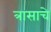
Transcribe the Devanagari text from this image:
त्रासाचे